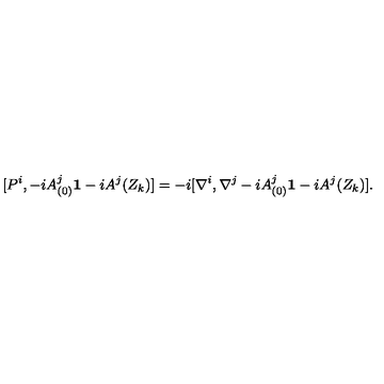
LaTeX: [ P ^ { i } , - i A _ { ( 0 ) } ^ { j } { \bf 1 } - i A ^ { j } ( Z _ { k } ) ] = - i [ \nabla ^ { i } , \nabla ^ { j } - i A _ { ( 0 ) } ^ { j } { \bf 1 } - i A ^ { j } ( Z _ { k } ) ] .